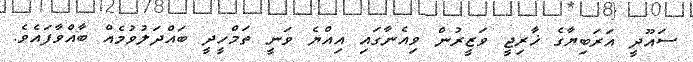
ސައޫދީ އަރަބިޔާގެ ޚާރިޖީ ވަޒީރުން ވިއެނާގައި އިއްޔެ ވަނީ ތަމްހީދީ ބައްދަލުވުމެއް ބާއްވާފައެވެ.